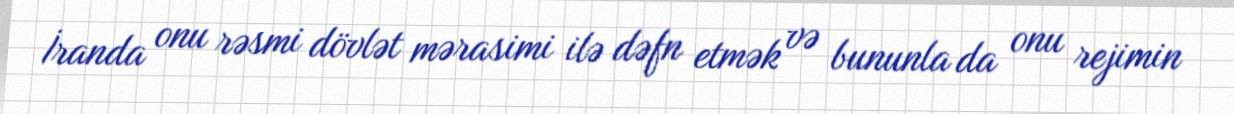
İranda onu rəsmi dövlət mərasimi ilə dəfn etmək və bununla da onu rejimin